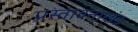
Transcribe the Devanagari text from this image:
प्रस्तावनाखंड